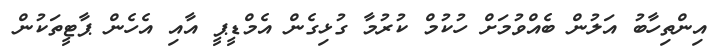
އިންތިހާބު އަލުން ބެއްވުމަށް ހުކުމް ކުރުމާ ގުޅިގެން އެމްޑީޕީ އާއި އެހެން ޕާޓީތަކުން